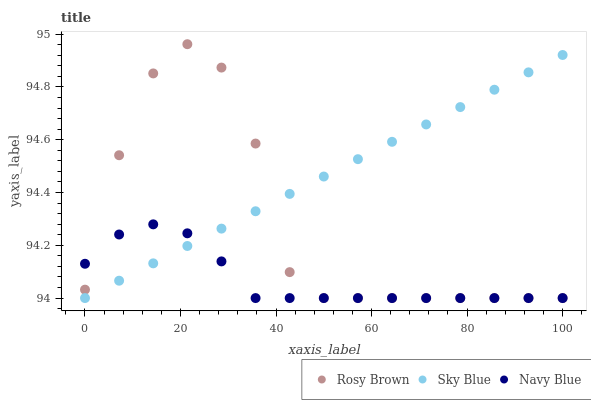
| xaxis_label | Rosy Brown | Sky Blue | Navy Blue |
 | --- | --- | --- | --- |
 | 0 | 94 | 94 | 94.1 |
 | 7.14 | 94.5 | 94.1 | 94.2 |
 | 14.3 | 94.9 | 94.1 | 94.3 |
 | 21.4 | 95 | 94.2 | 94.2 |
 | 28.6 | 94.9 | 94.3 | 94.1 |
 | 35.7 | 94.6 | 94.3 | 94 |
 | 42.9 | 94.1 | 94.4 | 94 |
 | 50 | 94 | 94.5 | 94 |
 | 57.1 | 94 | 94.5 | 94 |
 | 64.3 | 94 | 94.6 | 94 |
 | 71.4 | 94 | 94.7 | 94 |
 | 78.6 | 94 | 94.7 | 94 |
 | 85.7 | 94 | 94.8 | 94 |
 | 92.9 | 94 | 94.9 | 94 |
 | 100 | 94 | 94.9 | 94 |